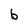
Character: b